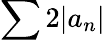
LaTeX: \sum 2|a_{n}|